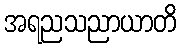
အရညသညာယာတိ